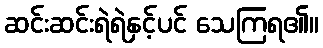
ဆင်းဆင်းရဲရဲနှင့်ပင် သေကြရ၏။